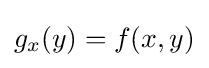
{\textstyle g_{x}(y)=f(x,y)}